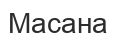
Масана